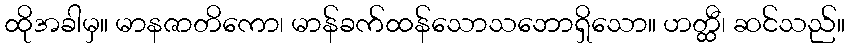
ထိုအခါမှ။ မာနဇာတိကော၊ မာန်ခက်ထန်သောသဘောရှိသော။ ဟတ္ထီ၊ ဆင်သည်။